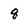
Character: 8